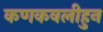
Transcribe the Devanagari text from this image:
कणकवलीहुन